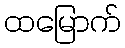
ထမြောက်